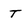
Character: T